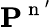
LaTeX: \mathbf{P}^{\mathrm{~n~}^{\prime}}